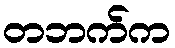
တဘက်က